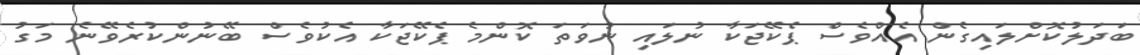
ބަދަލުކޮށްލައިގެން އެއްވެސް ޕެކޭޖަކާ ނުލައި ނުވަތަ ކޮންމެ ޕެކޭޖަކާ އެކުވެސް ބޭނުންކުރެވޭނެ މަގު